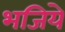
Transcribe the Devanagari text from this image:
भजिये